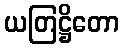
ယတြဋ္ဌိတော